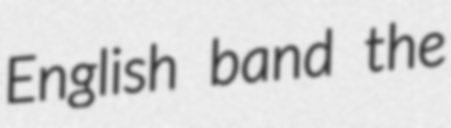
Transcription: English band the